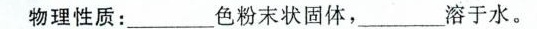
物理性质：\underline色粉末状固体，\underline溶于水。